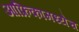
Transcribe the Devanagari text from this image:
आफ्रिकामध्येच